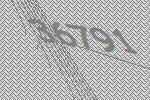
36791